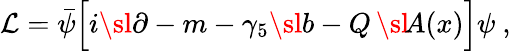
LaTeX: {\cal L}=\bar{\psi}\Big[i\sl{\partial}-m-\gamma_{5}\sl{b}-Q\, \sl{\! A(x)}\Big]\psi\ ,